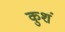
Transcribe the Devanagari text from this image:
कुशं